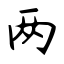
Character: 两